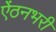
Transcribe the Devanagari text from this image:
ऐंठनभरी